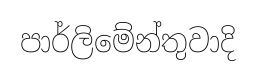
පාර්ලිමේන්තුවාදි